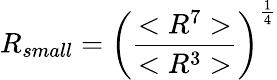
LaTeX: R_{small}=\left(\frac{<R^{7}>}{<R^{3}>}\right)^{\frac{1}{4}}